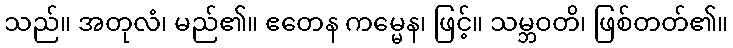
သည်။ အတုလံ၊ မည်၏။ ဧတေန ကမ္မေန၊ ဖြင့်။ သမ္ဘဝတိ၊ ဖြစ်တတ်၏။